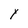
Character: Y